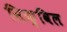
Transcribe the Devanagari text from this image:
सिक़्विल